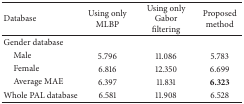
<table><thead><tr><td><b>Database</b></td><td><b>Using only MLBP</b></td><td><b>Using only Gabor filtering</b></td><td><b>Proposed method</b></td></tr></thead><tbody><tr><td>Gender database</td><td> </td><td> </td><td> </td></tr><tr><td> Male</td><td>5.796</td><td>11.086</td><td>5.783</td></tr><tr><td> Female</td><td>6.816</td><td>12.350</td><td>6.699</td></tr><tr><td> Average MAE</td><td>6.397</td><td>11.831</td><td><b>6.323</b></td></tr><tr><td>Whole PAL database</td><td>6.581</td><td>11.908</td><td>6.528</td></tr></tbody></table>